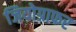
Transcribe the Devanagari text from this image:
जियोग्राफर